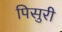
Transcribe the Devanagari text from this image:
पिसुरी